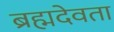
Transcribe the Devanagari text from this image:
ब्रह्मदेवता